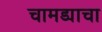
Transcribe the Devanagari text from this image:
चामड्याचा